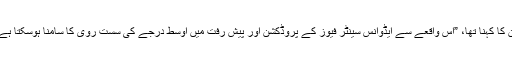
ان کا کہنا تھا، ”اس واقعے سے ایڈوانس سینٹر فیوز کے پروڈکشن اور پیش رفت میں اوسط درجے کی سست روی کا سامنا ہوسکتا ہے۔